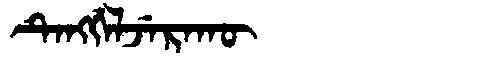
Manchu: ᡨᡝᠩᡤᡝᠯᠵᡝᡵᠠᡴᡡ
Romanization: TENGGELJERAKŪ